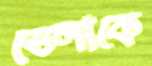
ভেলাকে